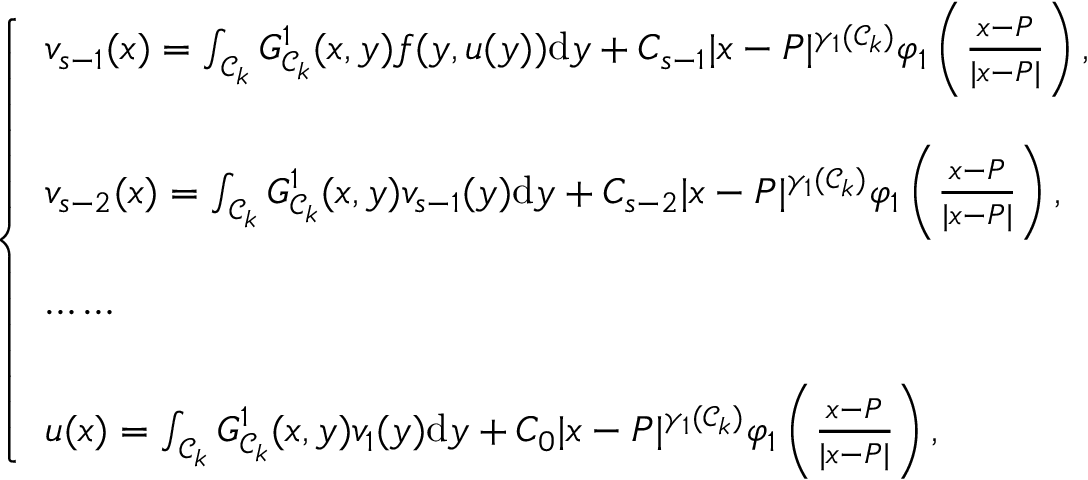
\left\{ { \begin{array} { l } { { v _ { s - 1 } ( x ) = \int _ { \mathcal { C } _ { k } } G _ { \mathcal { C } _ { k } } ^ { 1 } ( x , y ) f ( y , u ( y ) ) \mathrm { d } y + C _ { s - 1 } | x - P | ^ { \gamma _ { 1 } ( \mathcal { C } _ { k } ) } \varphi _ { 1 } \left( \frac { x - P } { | x - P | } \right) , } } \\ { } \\ { { v _ { s - 2 } ( x ) = \int _ { \mathcal { C } _ { k } } G _ { \mathcal { C } _ { k } } ^ { 1 } ( x , y ) v _ { s - 1 } ( y ) \mathrm { d } y + C _ { s - 2 } | x - P | ^ { \gamma _ { 1 } ( \mathcal { C } _ { k } ) } \varphi _ { 1 } \left( \frac { x - P } { | x - P | } \right) , } } \\ { } \\ { \cdots \cdots } \\ { } \\ { { u ( x ) = \int _ { \mathcal { C } _ { k } } G _ { \mathcal { C } _ { k } } ^ { 1 } ( x , y ) v _ { 1 } ( y ) \mathrm { d } y + C _ { 0 } | x - P | ^ { \gamma _ { 1 } ( \mathcal { C } _ { k } ) } \varphi _ { 1 } \left( \frac { x - P } { | x - P | } \right) , } } \end{array} } \right.